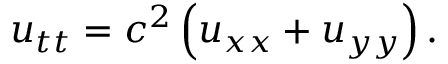
u _ { t t } = c ^ { 2 } \left( u _ { x x } + u _ { y y } \right) .